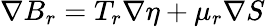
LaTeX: \nabla B_{r}=T_{r}\nabla\eta+\mu_{r}\nabla S